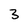
Character: 3